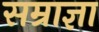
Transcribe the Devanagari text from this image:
सम्राज्ञा